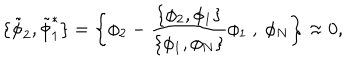
\{ { \tilde { \phi } _ { 2 } } , { \tilde { \phi } _ { 1 } ^ { * } } \} = \left\{ \phi _ { 2 } - \frac { \{ \phi _ { 2 } , \phi _ { 1 } \} } { \{ \phi _ { 1 } , \phi _ { N } \} } \phi _ { 1 } \ , \ \phi _ { N } \right\} \approx 0 ,